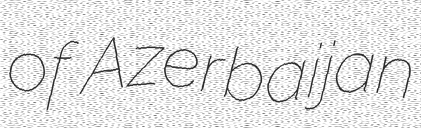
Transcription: of Azerbaijan